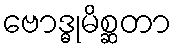
ဗောဒ္ဓုမိစ္ဆတာ